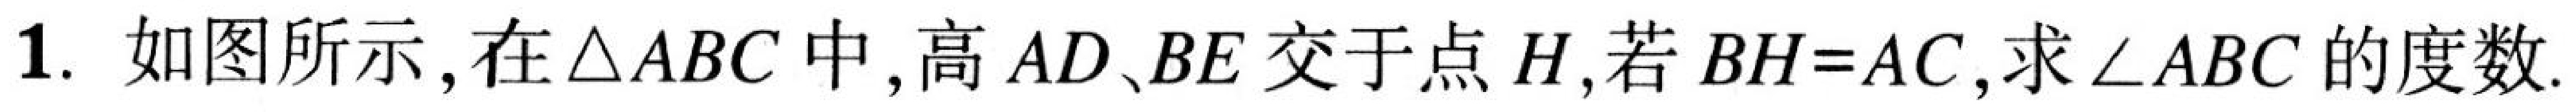
1. 如图所示，在\(\triangle ABC\)中，高 \(AD\)、\(BE\) 交于点 \(H\)，若 \(BH = AC\)，求\(\angle ABC\)的度数.